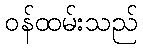
ဝန်ထမ်းသည်